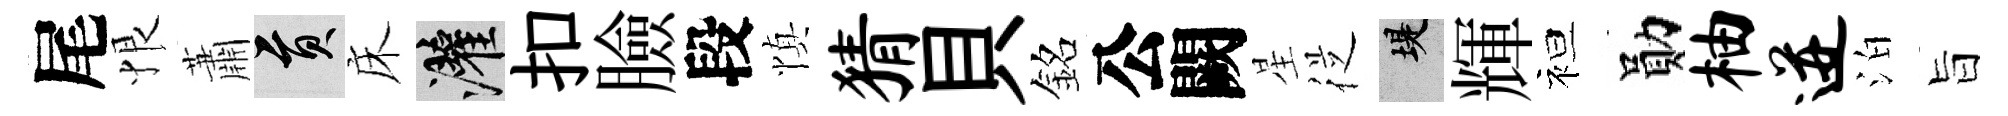
尾恨蕭貢床灌扣臉段慎猜貝銘公闕星従堤輝袒勛柚迸泊旨